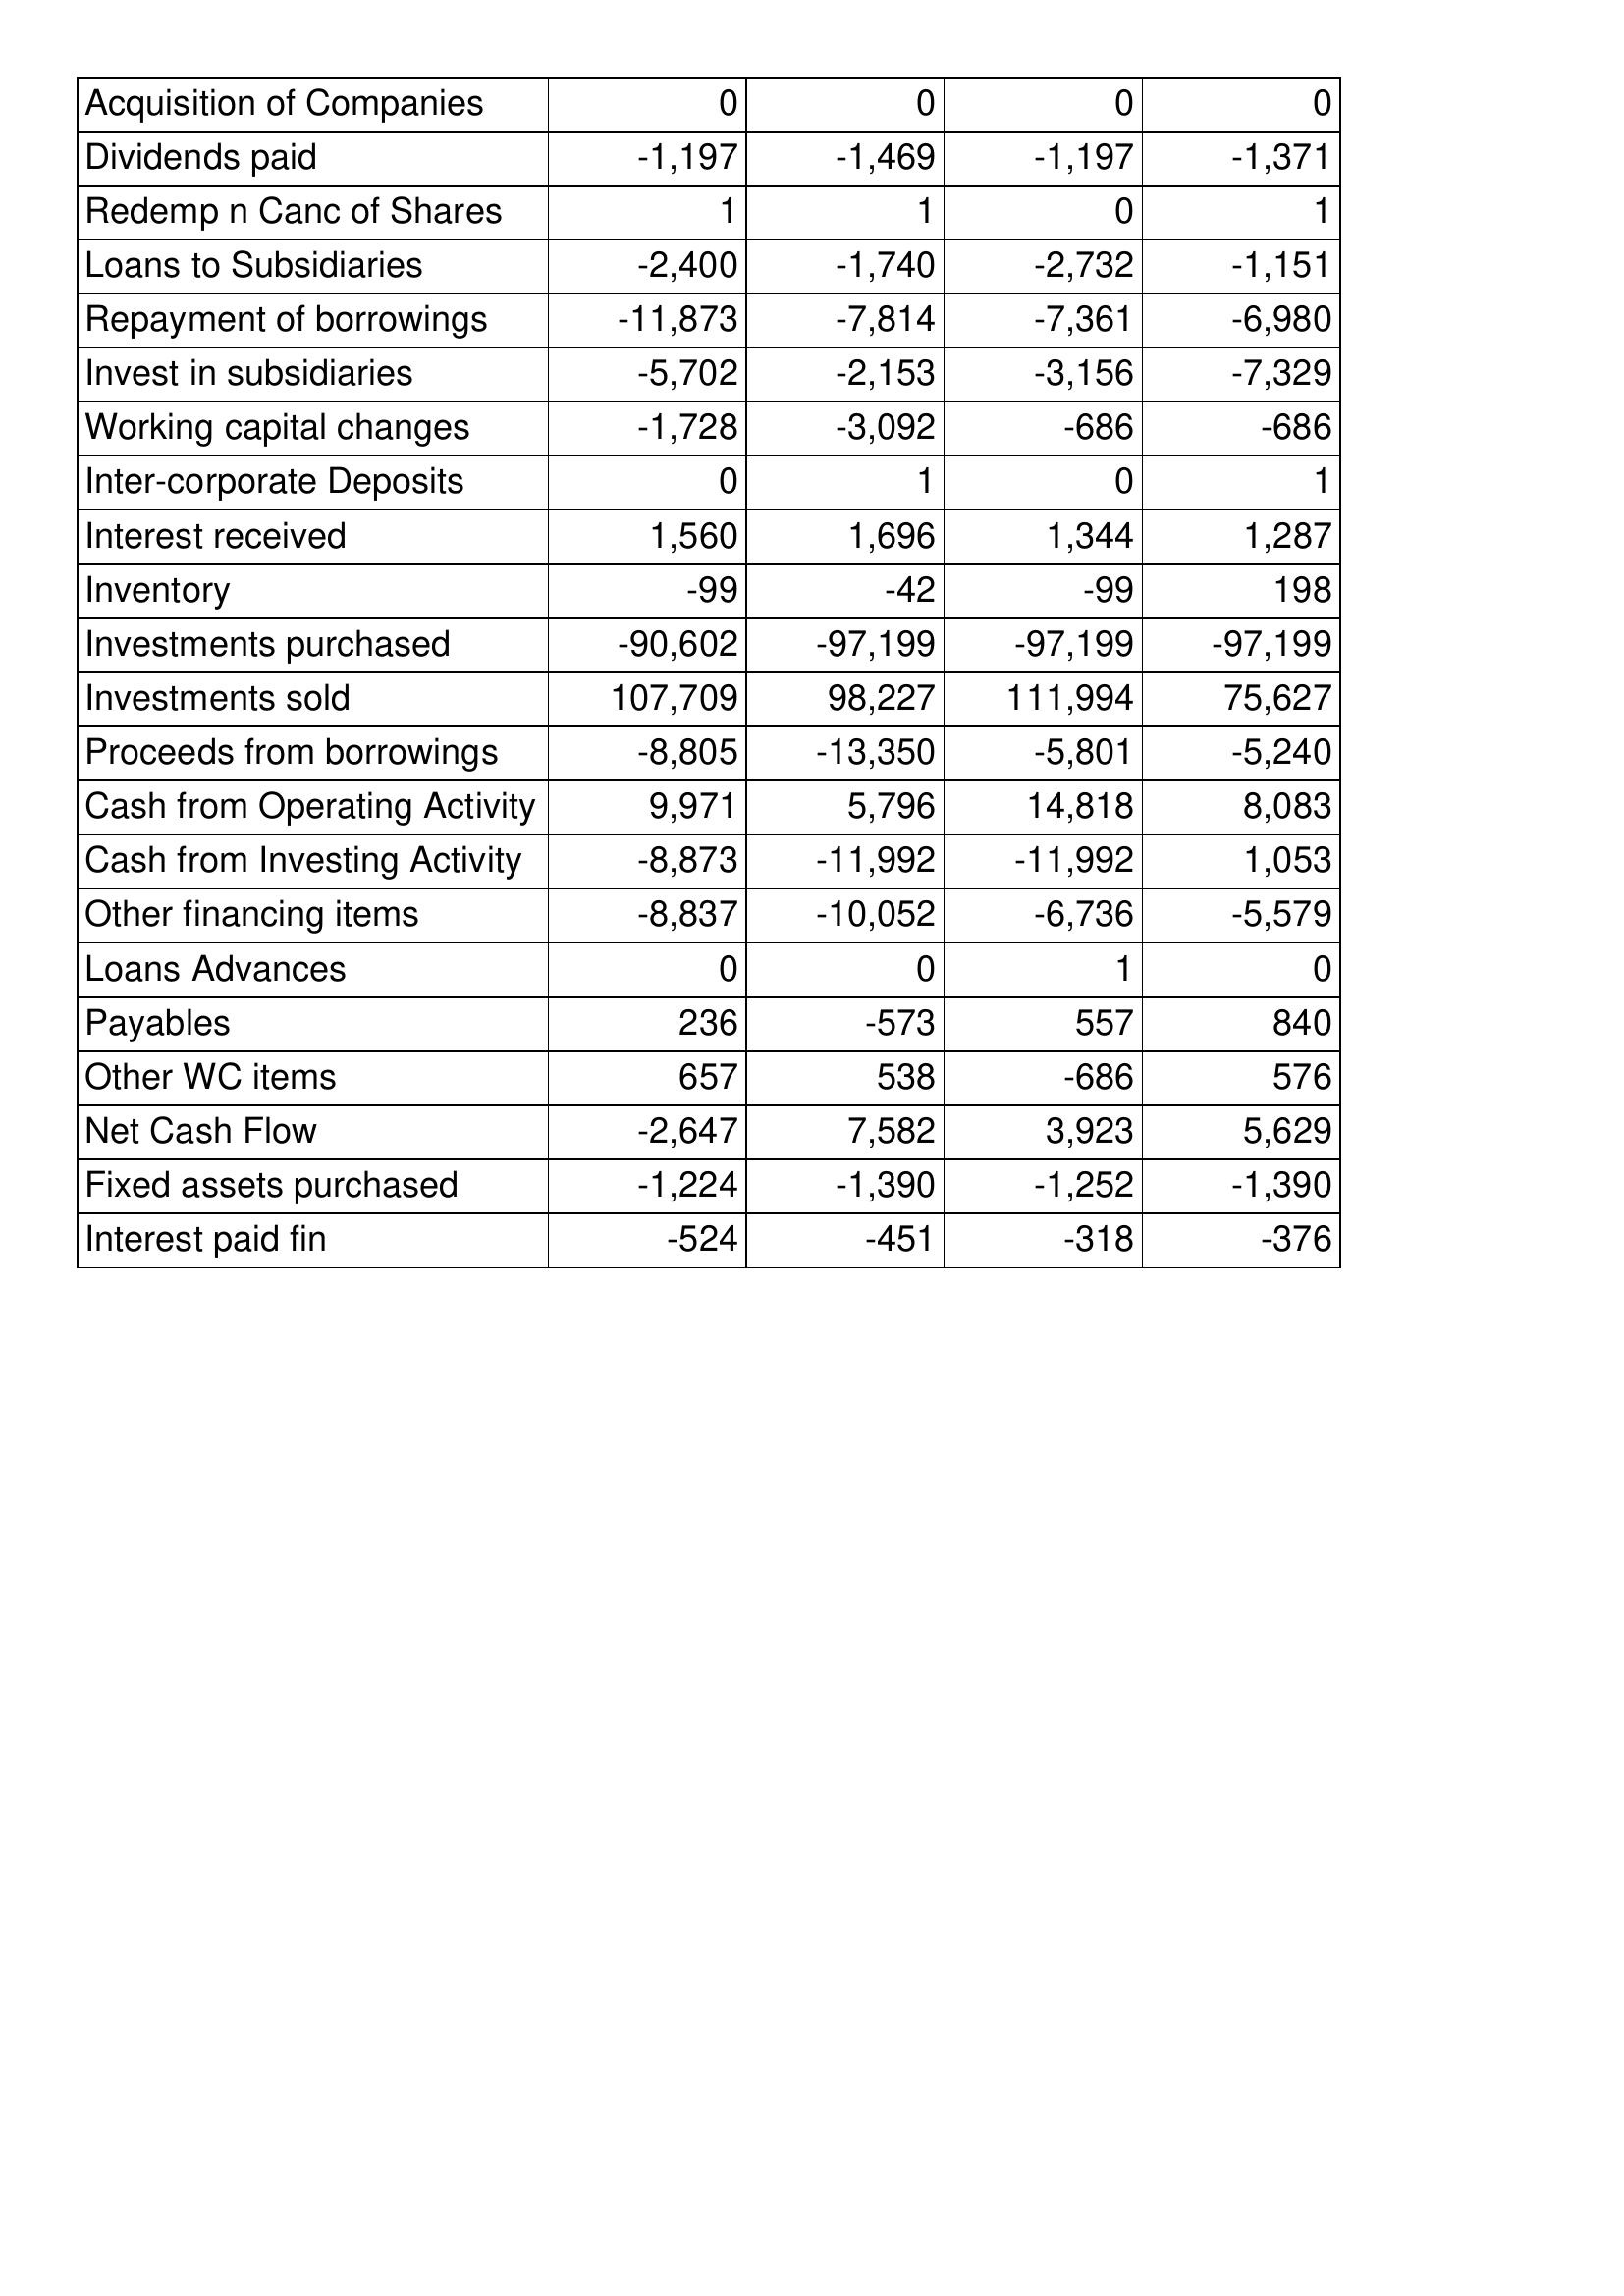
Mar-16: Cash Flows: Acquisition of Companies: 0
Dividends paid: -1,197
Redemp n Canc of Shares: 1
Loans to Subsidiaries: -2,400
Repayment of borrowings: -11,873
Invest in subsidiaries: -5,702
Working capital changes: -1,728
Inter-corporate Deposits: 0
Interest received: 1,560
Inventory: -99
Investments purchased: -90,602
Investments sold: 107,709
Proceeds from borrowings: -8,805
Cash from Operating Activity: 9,971
Cash from Investing Activity: -8,873
Other financing items: -8,837
Loans Advances: 0
Payables: 236
Other WC items: 657
Net Cash Flow: -2,647
Fixed assets purchased: -1,224
Interest paid fin: -524
Mar-17: Cash Flows: Acquisition of Companies: 0
Dividends paid: -1,469
Redemp n Canc of Shares: 1
Loans to Subsidiaries: -1,740
Repayment of borrowings: -7,814
Invest in subsidiaries: -2,153
Working capital changes: -3,092
Inter-corporate Deposits: 1
Interest received: 1,696
Inventory: -42
Investments purchased: -97,199
Investments sold: 98,227
Proceeds from borrowings: -13,350
Cash from Operating Activity: 5,796
Cash from Investing Activity: -11,992
Other financing items: -10,052
Loans Advances: 0
Payables: -573
Other WC items: 538
Net Cash Flow: 7,582
Fixed assets purchased: -1,390
Interest paid fin: -451
Mar-18: Cash Flows: Acquisition of Companies: 0
Dividends paid: -1,197
Redemp n Canc of Shares: 0
Loans to Subsidiaries: -2,732
Repayment of borrowings: -7,361
Invest in subsidiaries: -3,156
Working capital changes: -686
Inter-corporate Deposits: 0
Interest received: 1,344
Inventory: -99
Investments purchased: -97,199
Investments sold: 111,994
Proceeds from borrowings: -5,801
Cash from Operating Activity: 14,818
Cash from Investing Activity: -11,992
Other financing items: -6,736
Loans Advances: 1
Payables: 557
Other WC items: -686
Net Cash Flow: 3,923
Fixed assets purchased: -1,252
Interest paid fin: -318
Mar-19: Cash Flows: Acquisition of Companies: 0
Dividends paid: -1,371
Redemp n Canc of Shares: 1
Loans to Subsidiaries: -1,151
Repayment of borrowings: -6,980
Invest in subsidiaries: -7,329
Working capital changes: -686
Inter-corporate Deposits: 1
Interest received: 1,287
Inventory: 198
Investments purchased: -97,199
Investments sold: 75,627
Proceeds from borrowings: -5,240
Cash from Operating Activity: 8,083
Cash from Investing Activity: 1,053
Other financing items: -5,579
Loans Advances: 0
Payables: 840
Other WC items: 576
Net Cash Flow: 5,629
Fixed assets purchased: -1,390
Interest paid fin: -376